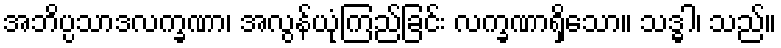
အဘိပ္ပသာဒလက္ခဏာ၊ အလွန်ယုံကြည်ခြင်း လက္ခဏာရှိသော။ သဒ္ဓါ၊ သည်။